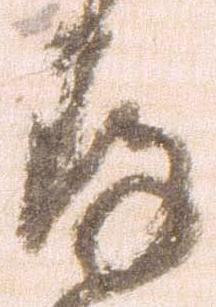
存